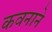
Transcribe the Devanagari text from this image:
कवनाने